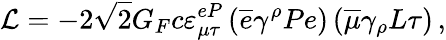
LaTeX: \mathcal{L}=-2\sqrt{2}G_{F}c\varepsilon_{\mu\tau}^{eP}\left(\overline{{{e}}}\gamma^{\rho}Pe\right)\left(\overline{{{\mu}}}\gamma_{\rho}L\tau\right)\, ,